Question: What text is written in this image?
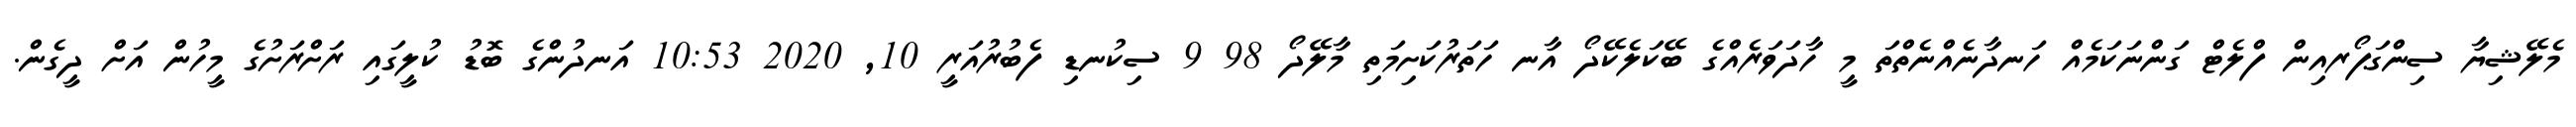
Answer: މެލޭޝިޔާ ސިންގަޕޯރއިން ފްލެޓް ގަންނަކަމެއް ހަނދާނެއްނެތްތަ މީ ހާދަވަރެއްގެ ބޭކަލެކޭދޯ އާނ ހަތަރުކަށިމަތި މާލޭދޯ 98 9 ސިކުނޑި ފެބުރުއަރީ 10, 2020 10:53 އަނދުންގެ ބޮޑު ކުލީގައި ރަށްރަށުގެ މީހުން އަށް ދީގެން.